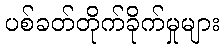
ပစ်ခတ်တိုက်ခိုက်မှုများ